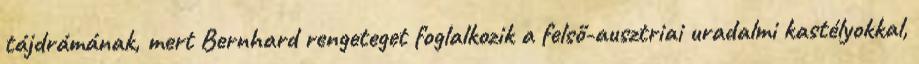
tájdrámának, mert Bernhard rengeteget foglalkozik a felső-ausztriai uradalmi kastélyokkal,